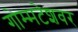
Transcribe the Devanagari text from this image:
गोम्मटेशवर